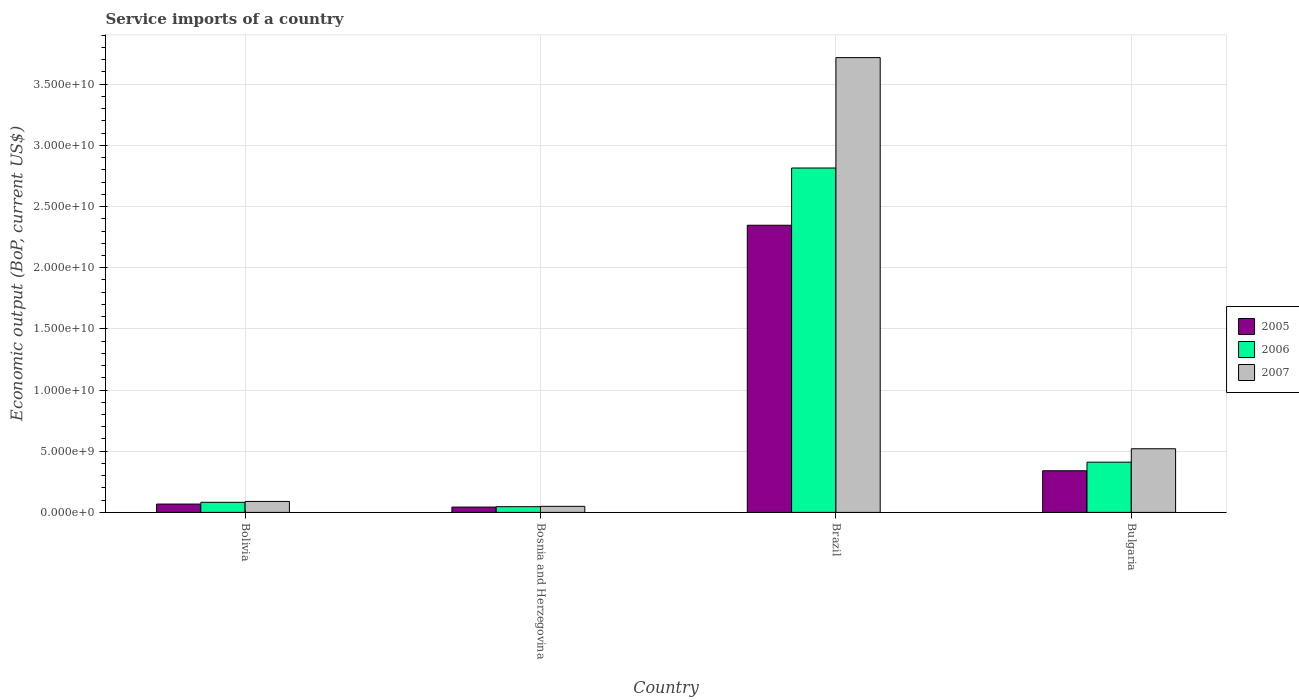
| Country | 2005 | 2006 | 2007 |
 | --- | --- | --- | --- |
 | Bolivia | 6.82e+08 | 8.25e+08 | 8.97e+08 |
 | Bosnia and Herzegovina | 4.36e+08 | 4.67e+08 | 4.95e+08 |
 | Brazil | 2.35e+10 | 2.81e+10 | 3.72e+10 |
 | Bulgaria | 3.4e+09 | 4.11e+09 | 5.2e+09 |